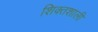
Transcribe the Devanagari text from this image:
शिक्तशाली